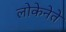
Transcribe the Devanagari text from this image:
लोकेनेते